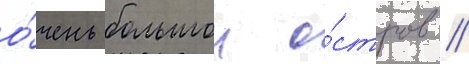
о́чень большои о́стров //